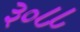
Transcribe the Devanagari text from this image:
३०८८